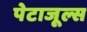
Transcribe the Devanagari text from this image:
पेटाजूल्स